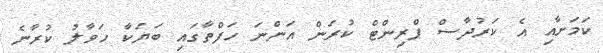
ކަމަށާއި އެ ކަރުދާސް ޕްރިންޓް ކުރަން އަންނަ ހަފްތާގައި ބަޔަކާ ހަވާލު ކުރާނެ